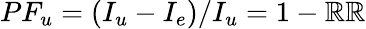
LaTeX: PF_{u}=(I_{u}-I_{e})/I_{u}=1-\mathbb{R}\mathbb{R}